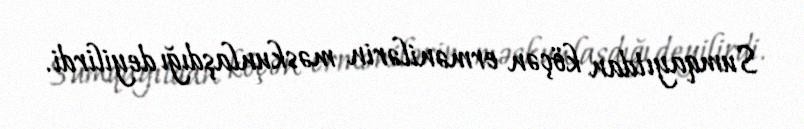
Sumqayıtdan köçən ermənilərin məskunlaşdığı deyilirdi.